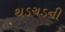
થડચડની